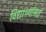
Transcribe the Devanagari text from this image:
विद्यार्थ्यांसह